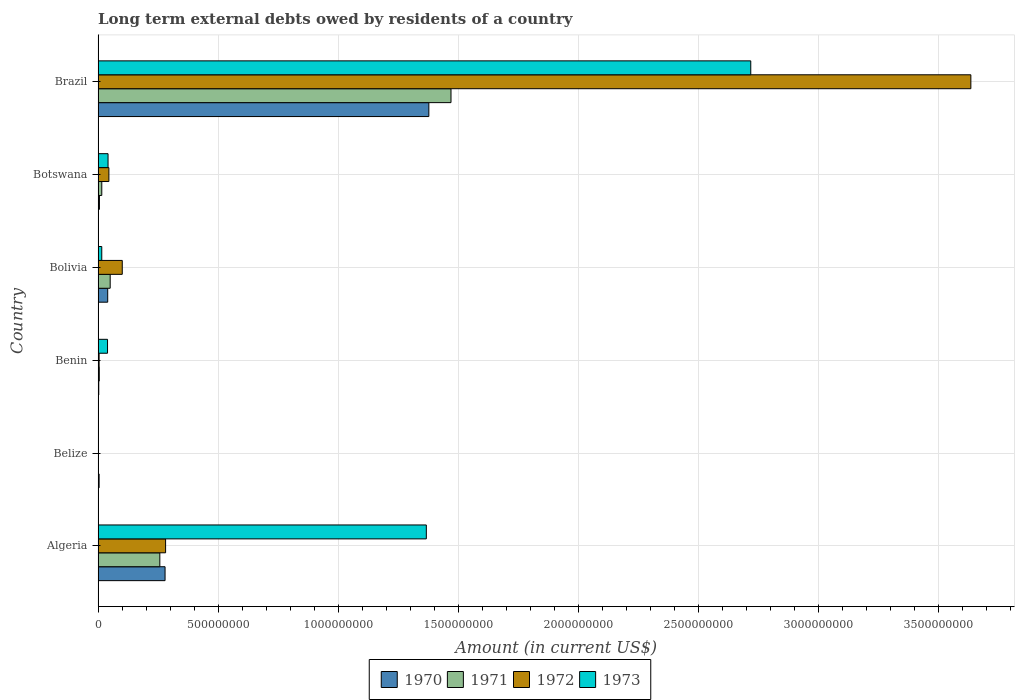
| Country | 1970 | 1971 | 1972 | 1973 |
 | --- | --- | --- | --- | --- |
 | Algeria | 2.79e+08 | 2.57e+08 | 2.81e+08 | 1.37e+09 |
 | Belize | 4.3e+06 | -5e+03 | -3e+04 | -1.99e+05 |
 | Benin | 2.87e+06 | 4.99e+06 | 4.28e+06 | 3.93e+07 |
 | Bolivia | 4.01e+07 | 5.04e+07 | 1.01e+08 | 1.53e+07 |
 | Botswana | 5.57e+06 | 1.54e+07 | 4.5e+07 | 4.15e+07 |
 | Brazil | 1.38e+09 | 1.47e+09 | 3.63e+09 | 2.72e+09 |